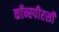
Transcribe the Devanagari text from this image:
कॉन्स्पीरसी